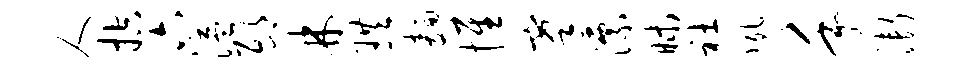
人控六溢邸林珙面惟搴漂昧社夙手渐